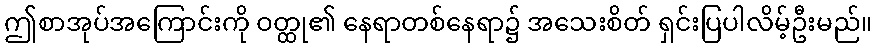
ဤစာအုပ်အကြောင်းကို ဝတ္ထု၏ နေရာတစ်နေရာ၌ အသေးစိတ် ရှင်းပြပါလိမ့်ဦးမည်။